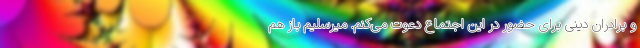
و برادران دینی برای حضور در این اجتماع دعوت می‌کنم. میرسلیم باز هم